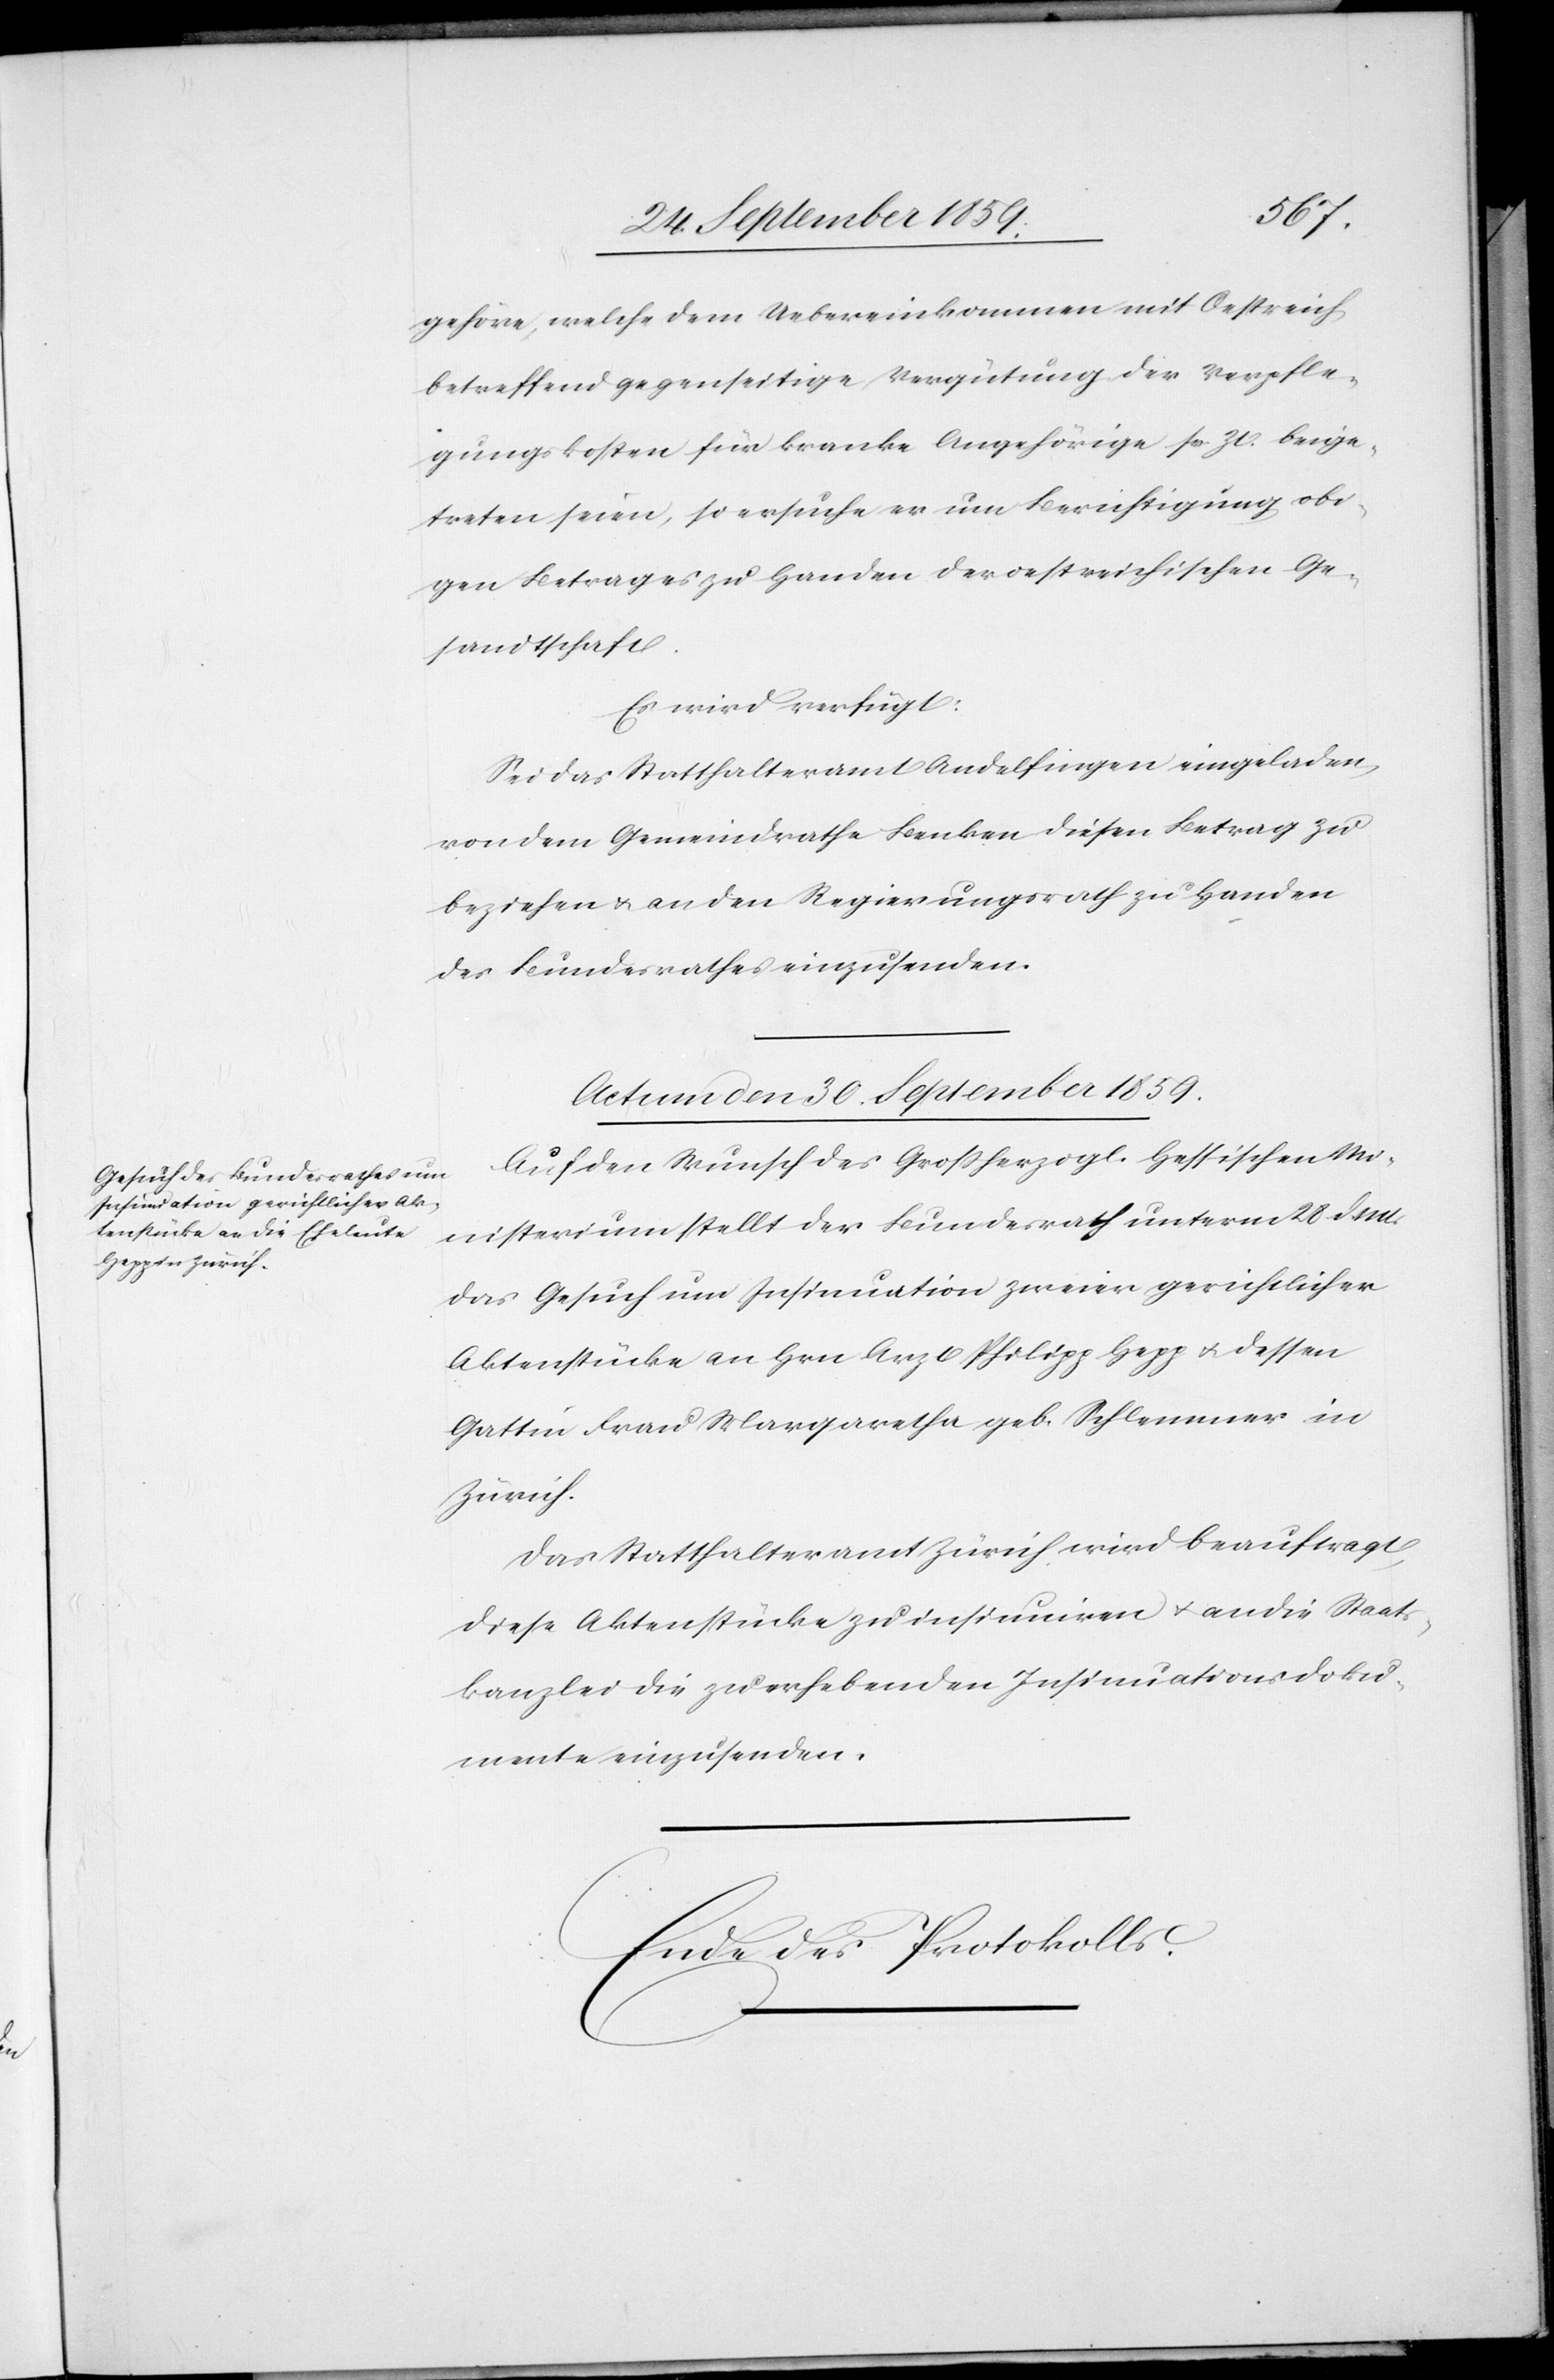
gehöre, welche dem Uebereinkommen mit Oestreich
betreffend gegenseitige Vergütung der Verpfle¬
gungskosten für kranke Angehörige se. Zt. beige¬
treten seien, so ersuche er um Berichtigung obi¬
gen Betrages zu Handen der oestreichischen Ge¬
sandtschaft.
Es wird verfügt:
Sei das Statthalteramt Andelfingen eingeladen,
von dem Gemeindrathe Benken diesen Betrag zu
beziehen & an den Regierungsrath zu Handen
des Bundesrathes einzusenden.
Actum den 30. September 1859.
Auf den Wunsch des Großherzogl. Hessischen Mi¬
nisterium stellt der Bundesrath unterm 28. d. Mts.
das Gesuch um Insinuation zweier gerichtlicher
Aktenstücke an Hrn. Arzt Philipp Hepp & dessen
Gattin Frau Margaretha geb. Schlemmer in
Zürich.
Das Statthalteramt Zürich wird beauftragt,
diese Aktenstücke zu insinuiren & an die Staats¬
kanzlei die zu erhebenden Insinuationsdoku¬
mente einzusenden.